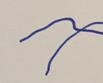
Signature authenticity: forged